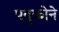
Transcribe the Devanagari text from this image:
पदुकोने